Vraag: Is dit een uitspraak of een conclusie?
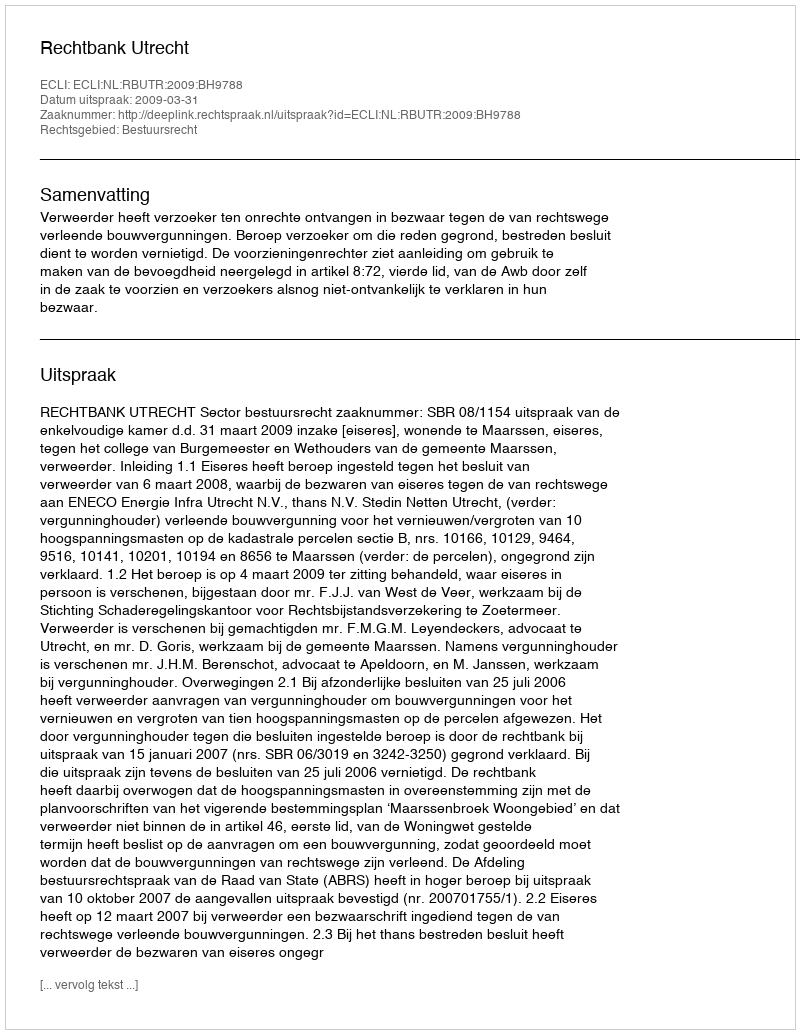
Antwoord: Uitspraak